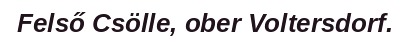
Felső Csölle, ober Voltersdorf.